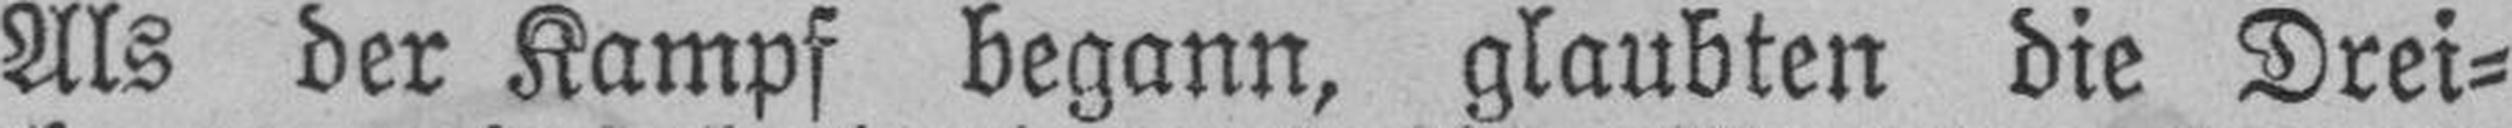
Als der Kampf begann, glaubten die Drei¬